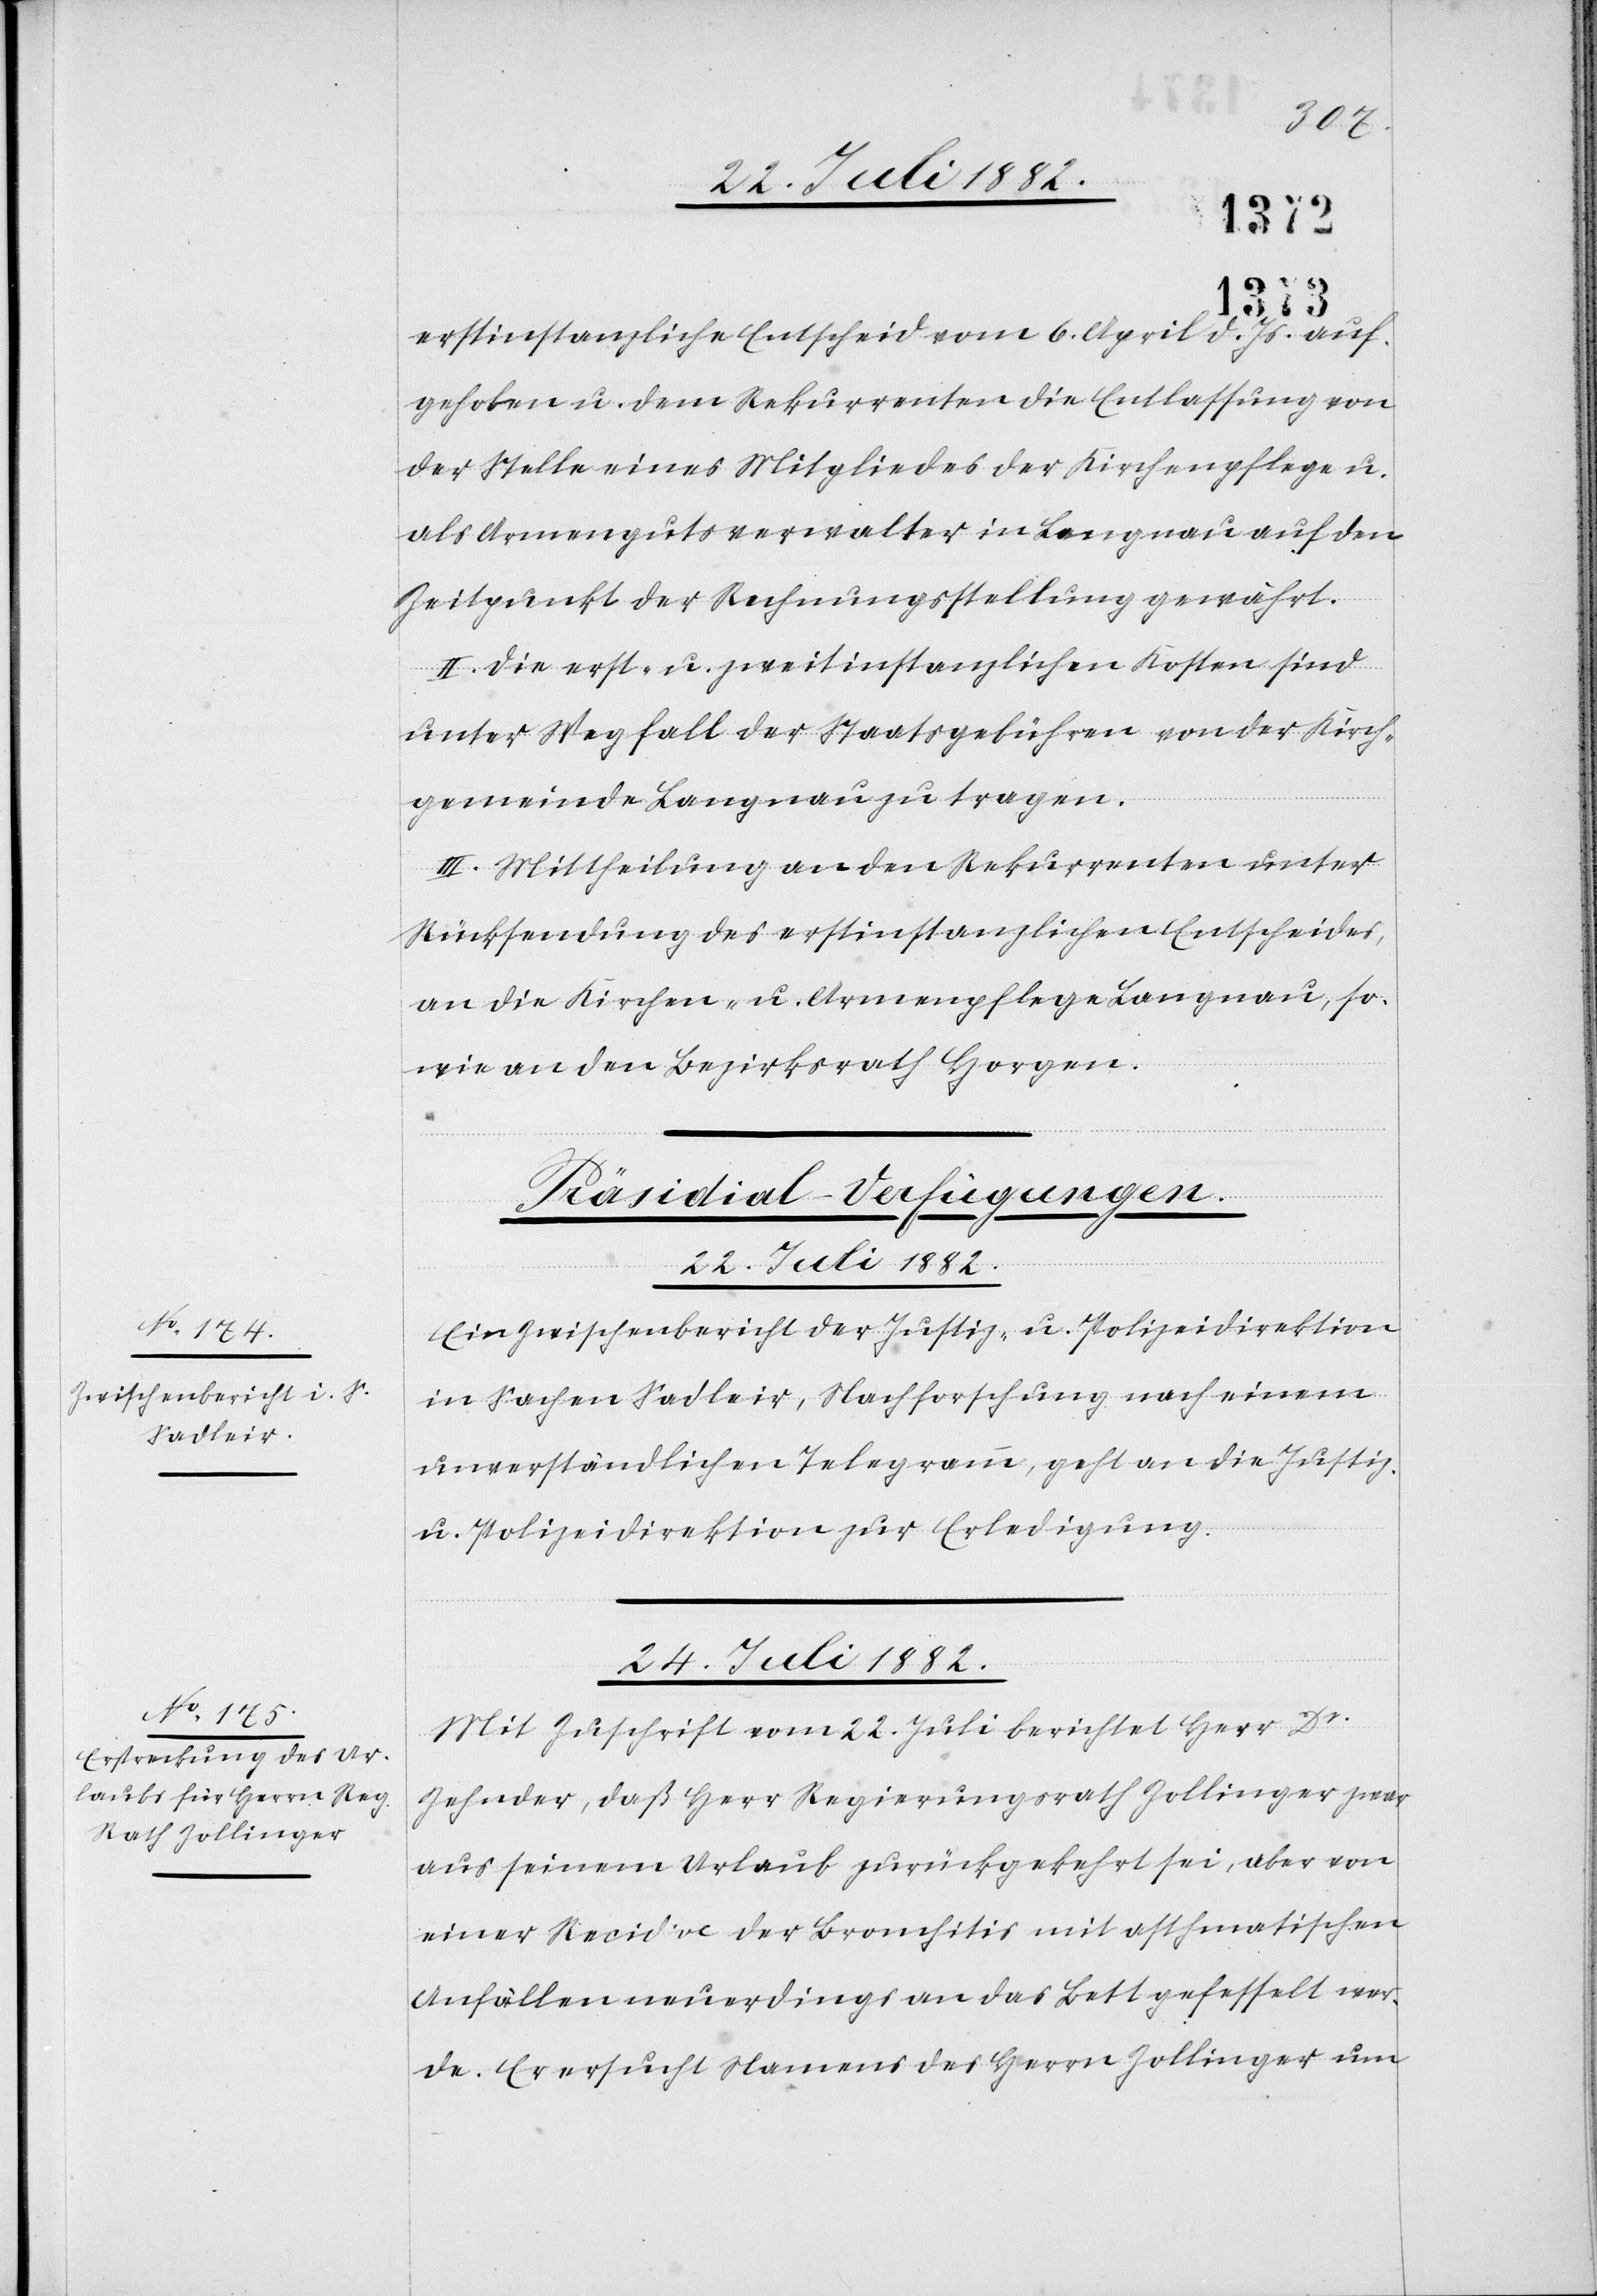
22. Juli 1882.
erstinstanzliche Entscheid vom 6. April d. Js. auf¬
gehoben u. dem Rekurrenten die Entlassung von
der Stelle eines Mitgliedes der Kirchenpflege u.
als Armengutsverwalter in Langnau auf den
Zeitpunkt der Rechnungsstellung gewährt.
II. Die erst- u. zweitinstanzlichen Kosten sind
unter Wegfall der Staatsgebühren von der Kirch¬
gemeinde Langnau zu tragen.
III. Mittheilung an den Rekurrenten unter
Rücksendung des erstinstanzlichen Entscheides,
an die Kirchen- u. Armenpflege Langnau, so¬
wie an den Bezirksrath Horgen.
[Präsidial-Verfügungen.]
Ein Zwischenbericht der Justiz- & Polizeidirektion
in Sachen Sadleir, Nachforschungen nach einem
unverständlichen Telegramm, geht an die Justiz-
& Polizeidirektion zur Erledigung.
24. Juli 1882.
Mit Zuschrift vom 22. Juli berichtet Herr Dr
Zehnder, daß Herr Regierungsrath Zollinger zwar
aus seinem Urlaub zurückgekehrt sei, aber von
einer Recidive der Bronchitis mit asthmatischen
Anfällen neuerdings an das Bett gefesselt wer¬
de. Er ersucht Namens des Herrn Zollinger um